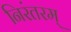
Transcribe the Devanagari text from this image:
निरंतरम्‌